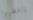
إنتظروا